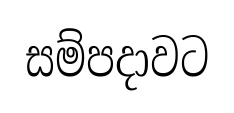
සම්පදාවට